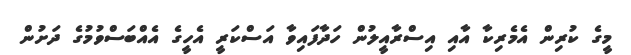
މީގެ ކުރިން އެމެރިކާ އާއި އިސްރާއީލުން ހަދާފައިވާ އަސްކަރީ އެހީގެ އެއްބަސްވުމުގެ ދަށުން